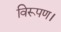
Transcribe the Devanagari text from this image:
विरूपण।